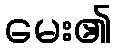
မေး၏